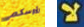
رؤوسكم لا